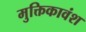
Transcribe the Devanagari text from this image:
मुक्तिकावंश